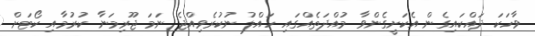
ވާހަކަ ދައްކައިގެން އެކަށީގެންވާ މުއްދަތެއްގައި ހައްލު ނުކުރެވިއްޖެ ނަމަ ޖޫރިމަނާ ކުރުމާއި ކޯޓަށް